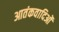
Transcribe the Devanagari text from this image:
आतंकवादिओं